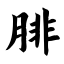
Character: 腓